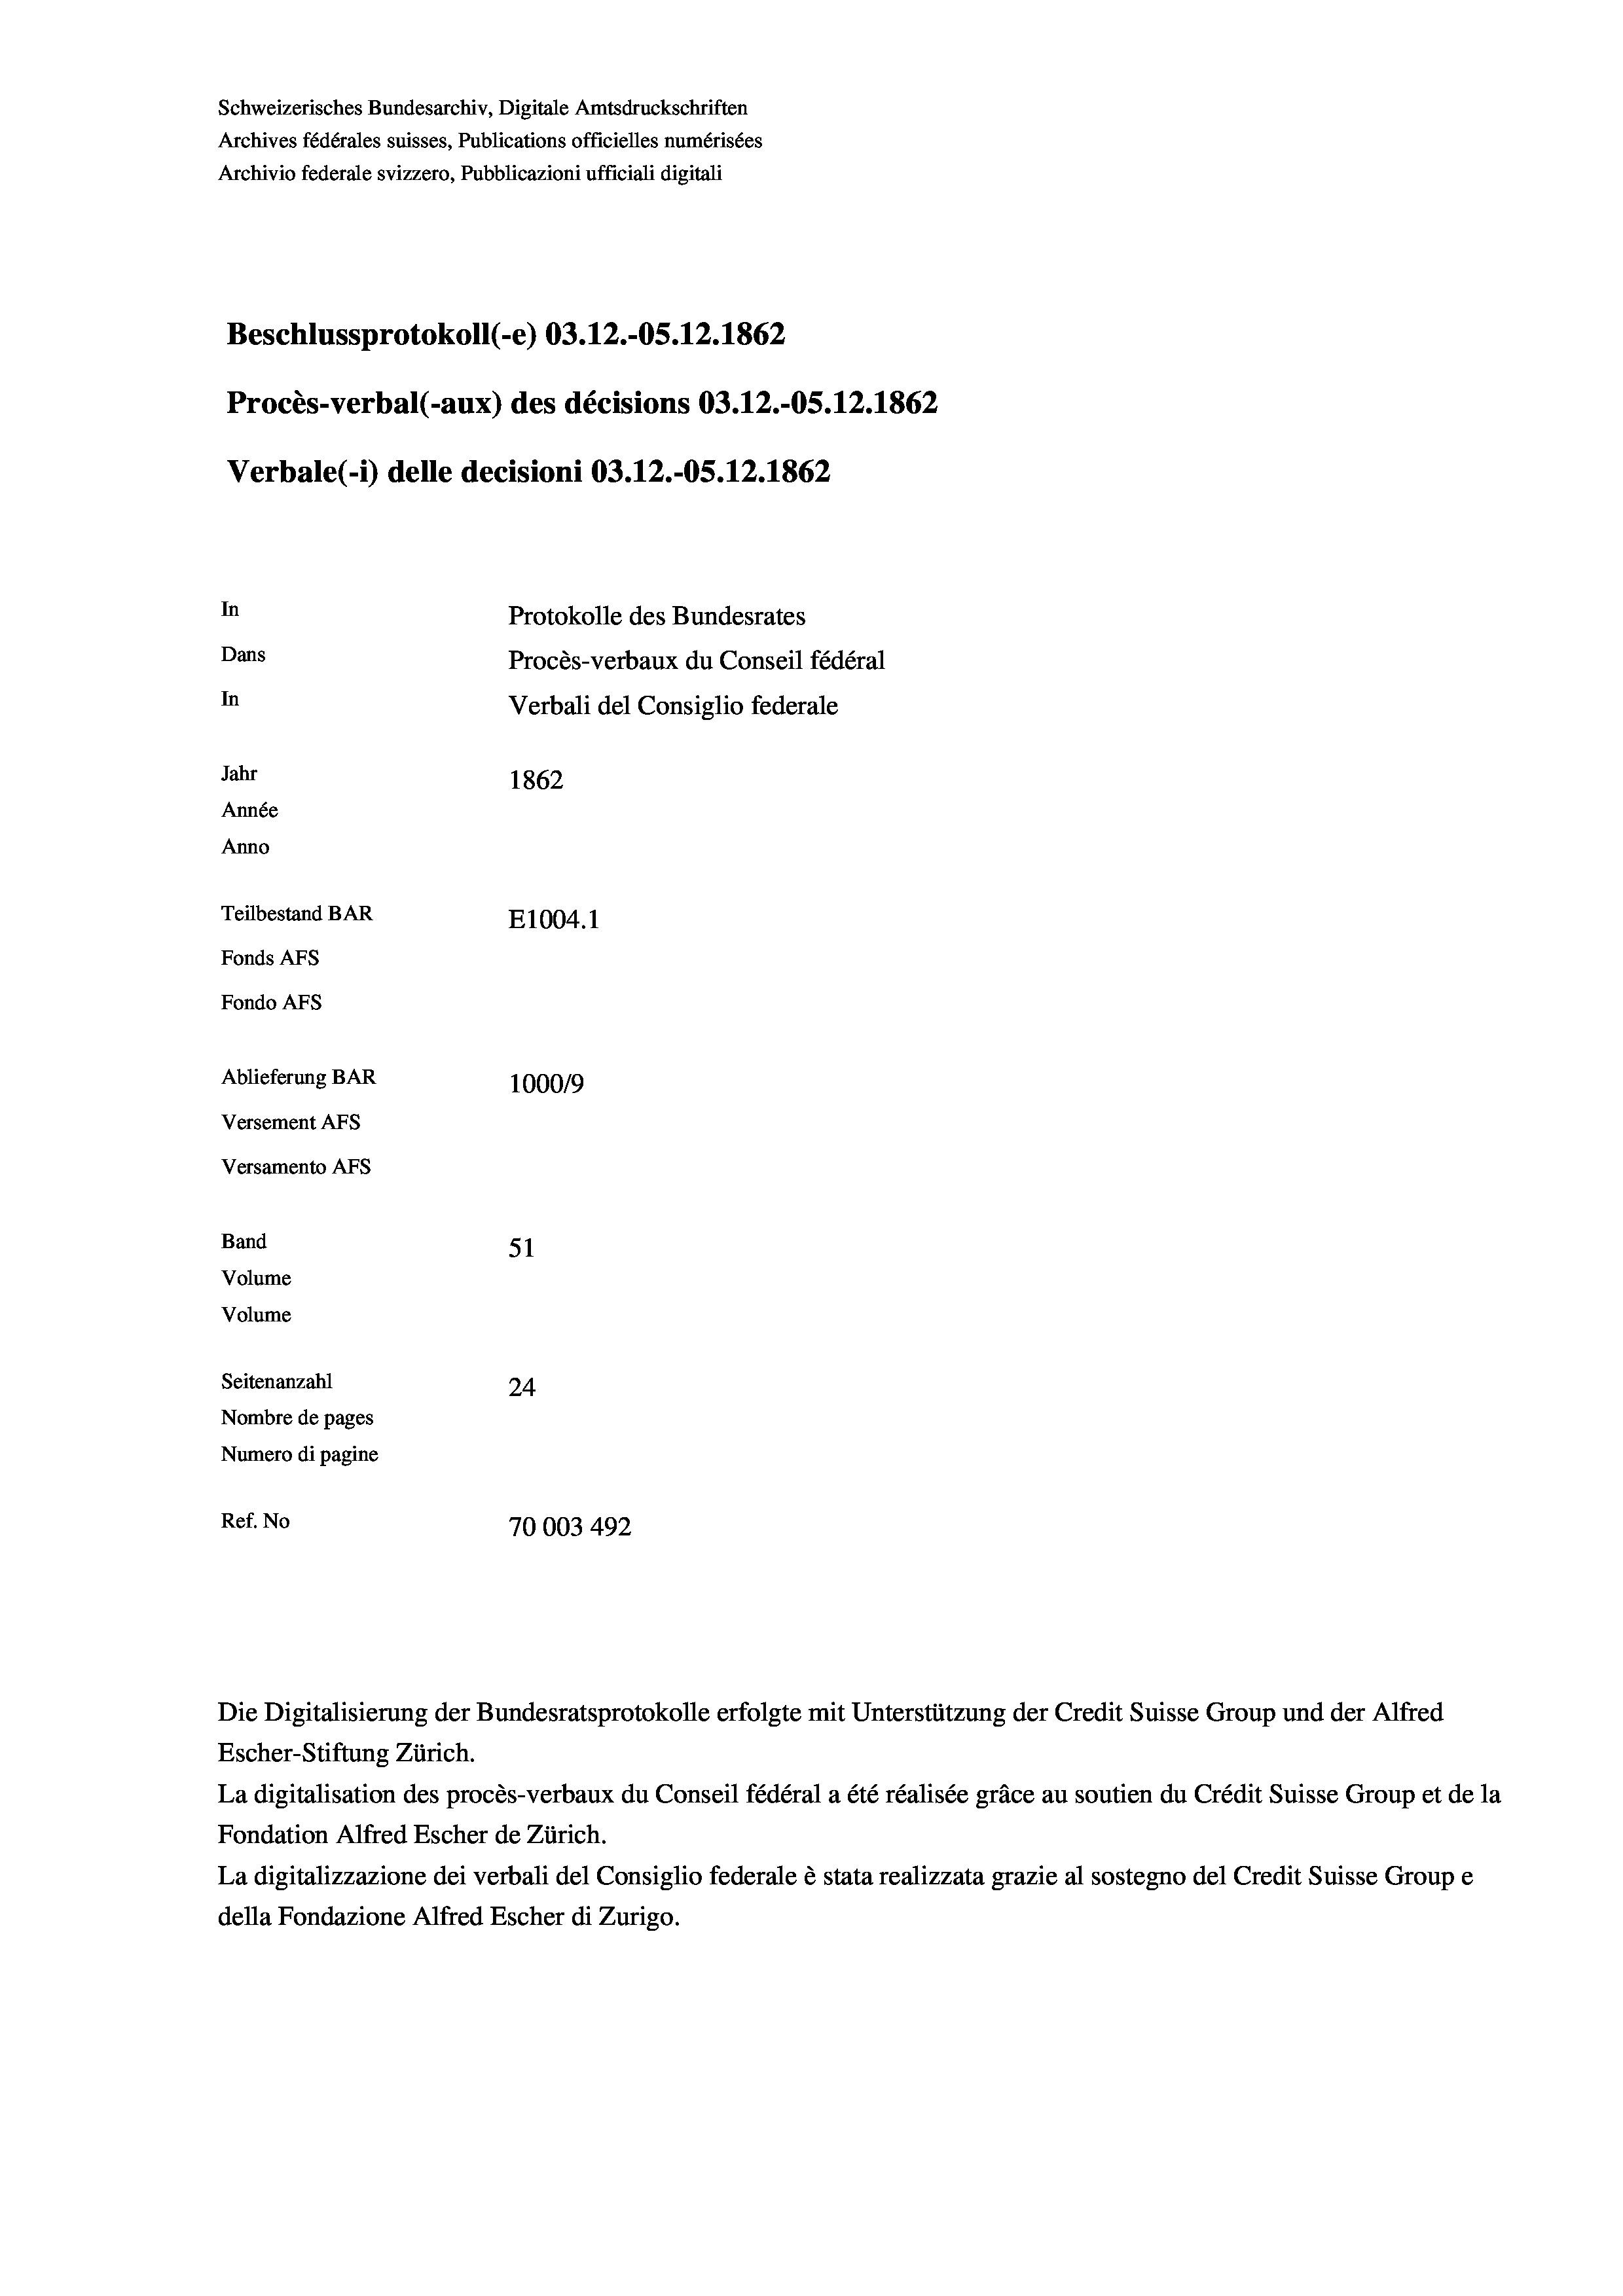
Schweizerisches Bundesarchiv, Digitale Amtsdruckschriften
Archives fédérales suisses, Publications officielles numérisées
Archivio federale svizzero, Pubblicazioni ufficiali digitali
Beschlussprotokoll (-e) 03.12.-05. 12. 1862
Procès-verbal (-aux) des décisions 03.12.-OS.12.1862
Verbale (- 1) delle decisioni 03.12.-OS. 12. 1862
In
Protokolle des Bundesrates
Dans
Procès-verbaux du Conseil fédéral
In
Verbali del Consiglio federale
Jahr
1862
Année
Anno
Teilbestand BAR
E1004. 1
Fonds AFs
Fondo AFs

Ablieferung BAR
Versement AFs
Versamento AFs
Band
Volume
Volume
Seitenanzahl

Escher-Stiftung Zürich.
La digitalisation des procès-verbaux du Conseil fédéral a été réalisée gräce au soutien du Crédit Suisse Group et de la
Fondation Alfred Escher de Zürich.
La digitalizzazione dei verbali del Consiglio federale è stata realizzata grazie al sostegno del Credit Suisse Groupe
della Fondazione Alfred Escher di Zurigo.

100019
51
24
Nombre de pages
Numero di pagine
Ref. No
70003 492
Die Digitalisierung der Bundesratsprotokolle erfolgte mit Unterstützung der Credit Suisse Group und der Alfred